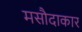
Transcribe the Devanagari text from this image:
मसौदाकार